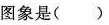
图象是( )